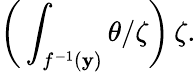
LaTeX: {\bigg(}\int_{f^{-1}(\mathbf{y})}\theta/\zeta{\bigg)}\, \zeta.